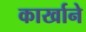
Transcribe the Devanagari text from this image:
कार्खाने